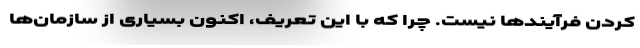
کردن فرآیندها نیست. چرا که با این تعریف، اکنون بسیاری از سازمان‌ها